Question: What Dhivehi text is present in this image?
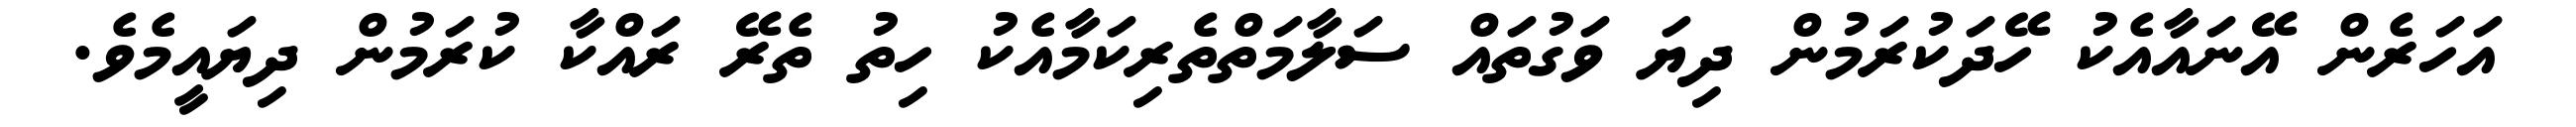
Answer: އަހަރެން އޭނައާއެކު ހޭދަކުރަމުން ދިޔަ ވަގުތައް ސަލާމަތްތެރިކަމާއެކު ހިތު ތެރޭ ރައްކާ ކުރަމުން ދިޔައީމެވެ.